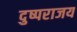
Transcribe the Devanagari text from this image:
दुष्पराजय